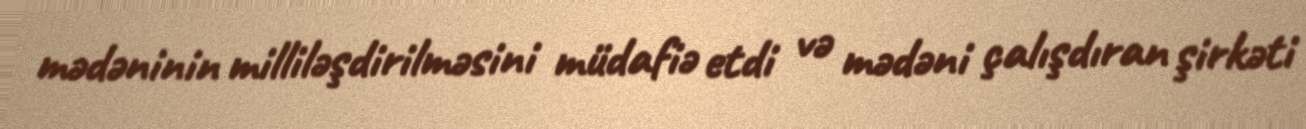
mədəninin milliləşdirilməsini müdafiə etdi və mədəni çalışdıran şirkəti